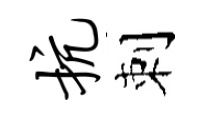
抗刺